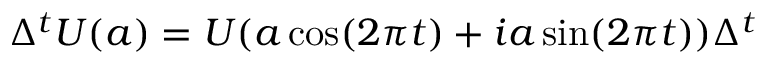
\Delta ^ { t } U ( a ) = U ( a \cos ( 2 \pi t ) + i a \sin ( 2 \pi t ) ) \Delta ^ { t }